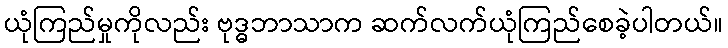
ယုံကြည်မှုကိုလည်း ဗုဒ္ဓဘာသာက ဆက်လက်ယုံကြည်စေခဲ့ပါတယ်။